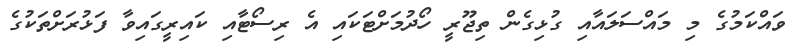
ވައްކަމުގެ މި މައްސަލައާއި ގުޅިގެން ތިޖޫރީ ހޯދުމަށްޓަކައި އެ ރިސޯޓާއި ކައިރީގައިވާ ފަޅުރަށްތަކުގެ